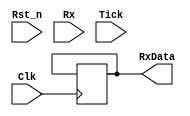
module uart_rx (//Define my module as UART_rs232_rx
    input Clk,
    input Rst_n,
    output reg [7:0] RxData,//kty da kaydederiz, bylece deeri saklarz
    input Rx,
    input Tick);		//8 bit


parameter  IDLE = 1'b0, READ = 1'b1; 	//State Machine iin 2 tane durum oluturduk 0 ve 1 (READ ve IDLE)
reg [1:0] State, Next;			//Durum veya Koullar iin 2 tane register oluturduk
reg  read_enable = 1'b0;		//Okumaya izin verip vermemesinin kaydn tuttuyoruz.
reg  start_bit = 1'b1;			//Balang biti alglandnda bildirimde bulunmak iin kullanlan deiken (RX'in ilk falling edge)
reg [4:0]Bit = 5'b00000;		//Bit bit okumak iin kullanlan deiken (bu durumda 8 bit yani 8 dng)
reg [3:0] counter = 4'b0000;		//Counter deikeni Tick'in 16 kere tetiklenmesi iin kullanyoruz.
reg [7:0] Read_data= 8'b00000000;	//Rx giri bitlerini RxData kna atamadan nce nerede sakladmz kaydedin
reg RxEn = 1'b1;
reg RxDone;  //Veri okuma ilemi bittiinde bildirimde bulunmak iin kullanlan deiken
reg NBits = 4'b1000	;
////////////////////////////////////////////////////////////////////////////
//                          STATE MACHINE                                 //
//                              Reset                                     //
////////////////////////////////////////////////////////////////////////////
always @ (posedge Clk)			//Reset blou
begin
if (Rst_n)	State <= IDLE;				
else 		State <= Next;				
end

////////////////////////////////////////////////////////////////////////////
//                                                                       ///
////////////////////////////////////////////////////////////////////////////
/*bloun iine her "State or Rx or RxEn or RxDone" deeri deitiinde iine girer.
	- Akas IDLE'ye yalnzca RxDone high olduunda ularz
okuma ileminin tamamland anlamna gelir.
	- Ayrca, IDLE'in iindeyken, READ durumuna geebilmek iin sadece Rx girii low olursa
bir balang biti tespit etmi oluruz*/
always @ (State or Rx or RxEn or RxDone)
begin
    case(State)	
	IDLE:	if(!Rx & RxEn)		Next = READ;	 //Eer Rx low olursa (yani Start biti belirlenmi) okuma (READ) ilemine geiyor olacaz
		else			Next = IDLE;
	READ:	if(RxDone)		Next = IDLE; 	 //Eer RxDone high olursa, IDLE durumuna geeriz ve Rx inputu low olana kadar bekler (yani Start bitini beklemi oluyoruz)
		else			Next = READ;
	default 			Next = IDLE;
    endcase
end
////////////////////////////////////////////////////////////////////////////
//                          READ(OKUMA) / IDLE(BOTA)                     //
////////////////////////////////////////////////////////////////////////////
always @ (State or RxDone)
begin
    case (State)
	READ: begin
		read_enable <= 1'b1;			
	      end
	      // READ durumundaysak, okuma srecini etkinletiririz, bylece "Her zaman Tick sinyaliyle"  bitleri almaya balarz
	IDLE: begin
		read_enable <= 1'b0;			
	      end
    endcase 
end

////////////////////////////////////////////////////////////////////////////
///////////////////////////Read the input data//////////////////////////////
////////////////////////////////////////////////////////////////////////////
/*Her Tick sinyali geldiinde sayac bir arttrz.
- Saya 8 (4'b1000) eit olduunda START bitin ortasnda olmu oluruz
- Saya 16 (4'b1111) eit olduunda dier bitlerin ortasnda olmu oluruz.
- Read_data Register'a Rx input bitini Shiftleyerek registern iine kaydetmi oluruz. 
*/
always @ (posedge Tick)

	begin
	if (read_enable)
	begin
	RxDone <= 1'b0;							//lem sresince RxDone low'a ayarlanr.
	counter <= counter+1;						//Her Tick sinyali geldiinde sayac bir arttryoruz	

	if ((counter == 4'b1000) & (start_bit))				 
	begin
	start_bit <= 1'b0;
	counter <= 4'b0000;
	end

	if ((counter == 4'b1111) & (!start_bit) & (Bit < NBits))	//8 bitlik okuma yapmak iin 8 kere dng olutururuz.
	begin
	Bit <= Bit+1;
	Read_data <= {Rx,Read_data[7:1]};
	counter <= 4'b0000;
	end
	
	if ((counter == 4'b1111) & (Bit == NBits)  & (Rx))		//Sonra bir kez daha 16'ya kadar sayarz ve STOP bitini tespit ederiz (Rx inputu high olmaldr)
	begin
	Bit <= 4'b0000;
	RxDone <= 1'b1;
	counter <= 4'b0000;
	start_bit <= 1'b1;						//Sonraki data girii iin tm deerleri sfrlyoruz ve RxDone'u high olarak ayarlyoruz
	end
	end
	
	

end
/////////////////////////////////////////////////////////////////////
/*Finally, Read_data Register'n deerlerini RxData outputuna atarz ve
bu bizim aldmz son deer olur.*/
always @ (posedge Clk)
begin

if (NBits == 4'b1000)
begin
RxData[7:0] <= Read_data[7:0];	
end

if (NBits == 4'b0111)
begin
RxData[7:0] <= {1'b0,Read_data[7:1]};	

end

if (NBits == 4'b0110)
begin
RxData[7:0] <= {1'b0,1'b0,Read_data[7:2]};		

end
end


endmodule